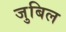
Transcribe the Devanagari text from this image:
जुबिल